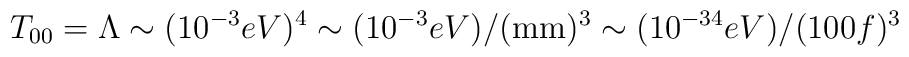
T_{00} = \Lambda \sim (10^{-3} eV)^4 \sim (10^{-3} eV)/ ({\rm mm})^{3} \sim (10^{-34} eV)/(100f)^3